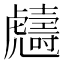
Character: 𧈙